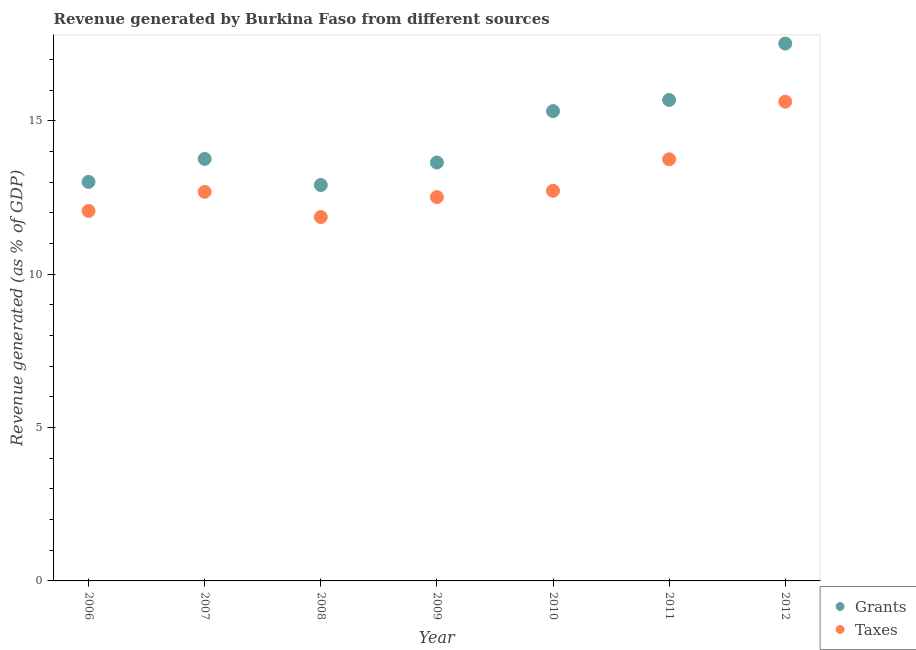
| Year | Grants | Taxes |
 | --- | --- | --- |
 | 2006 | 13 | 12.1 |
 | 2007 | 13.8 | 12.7 |
 | 2008 | 12.9 | 11.9 |
 | 2009 | 13.6 | 12.5 |
 | 2010 | 15.3 | 12.7 |
 | 2011 | 15.7 | 13.7 |
 | 2012 | 17.5 | 15.6 |